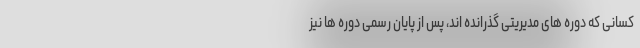
کسانی که دوره های مدیریتی گذرانده اند، پس از پایان رسمی دوره ها نیز